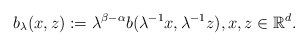
\begin{align*}b_{\lambda}(x,z):=\lambda^{\beta-\alpha}b(\lambda^{-1}x,\lambda^{-1}z), x,z\in\mathbb{R}^{d}.\end{align*}